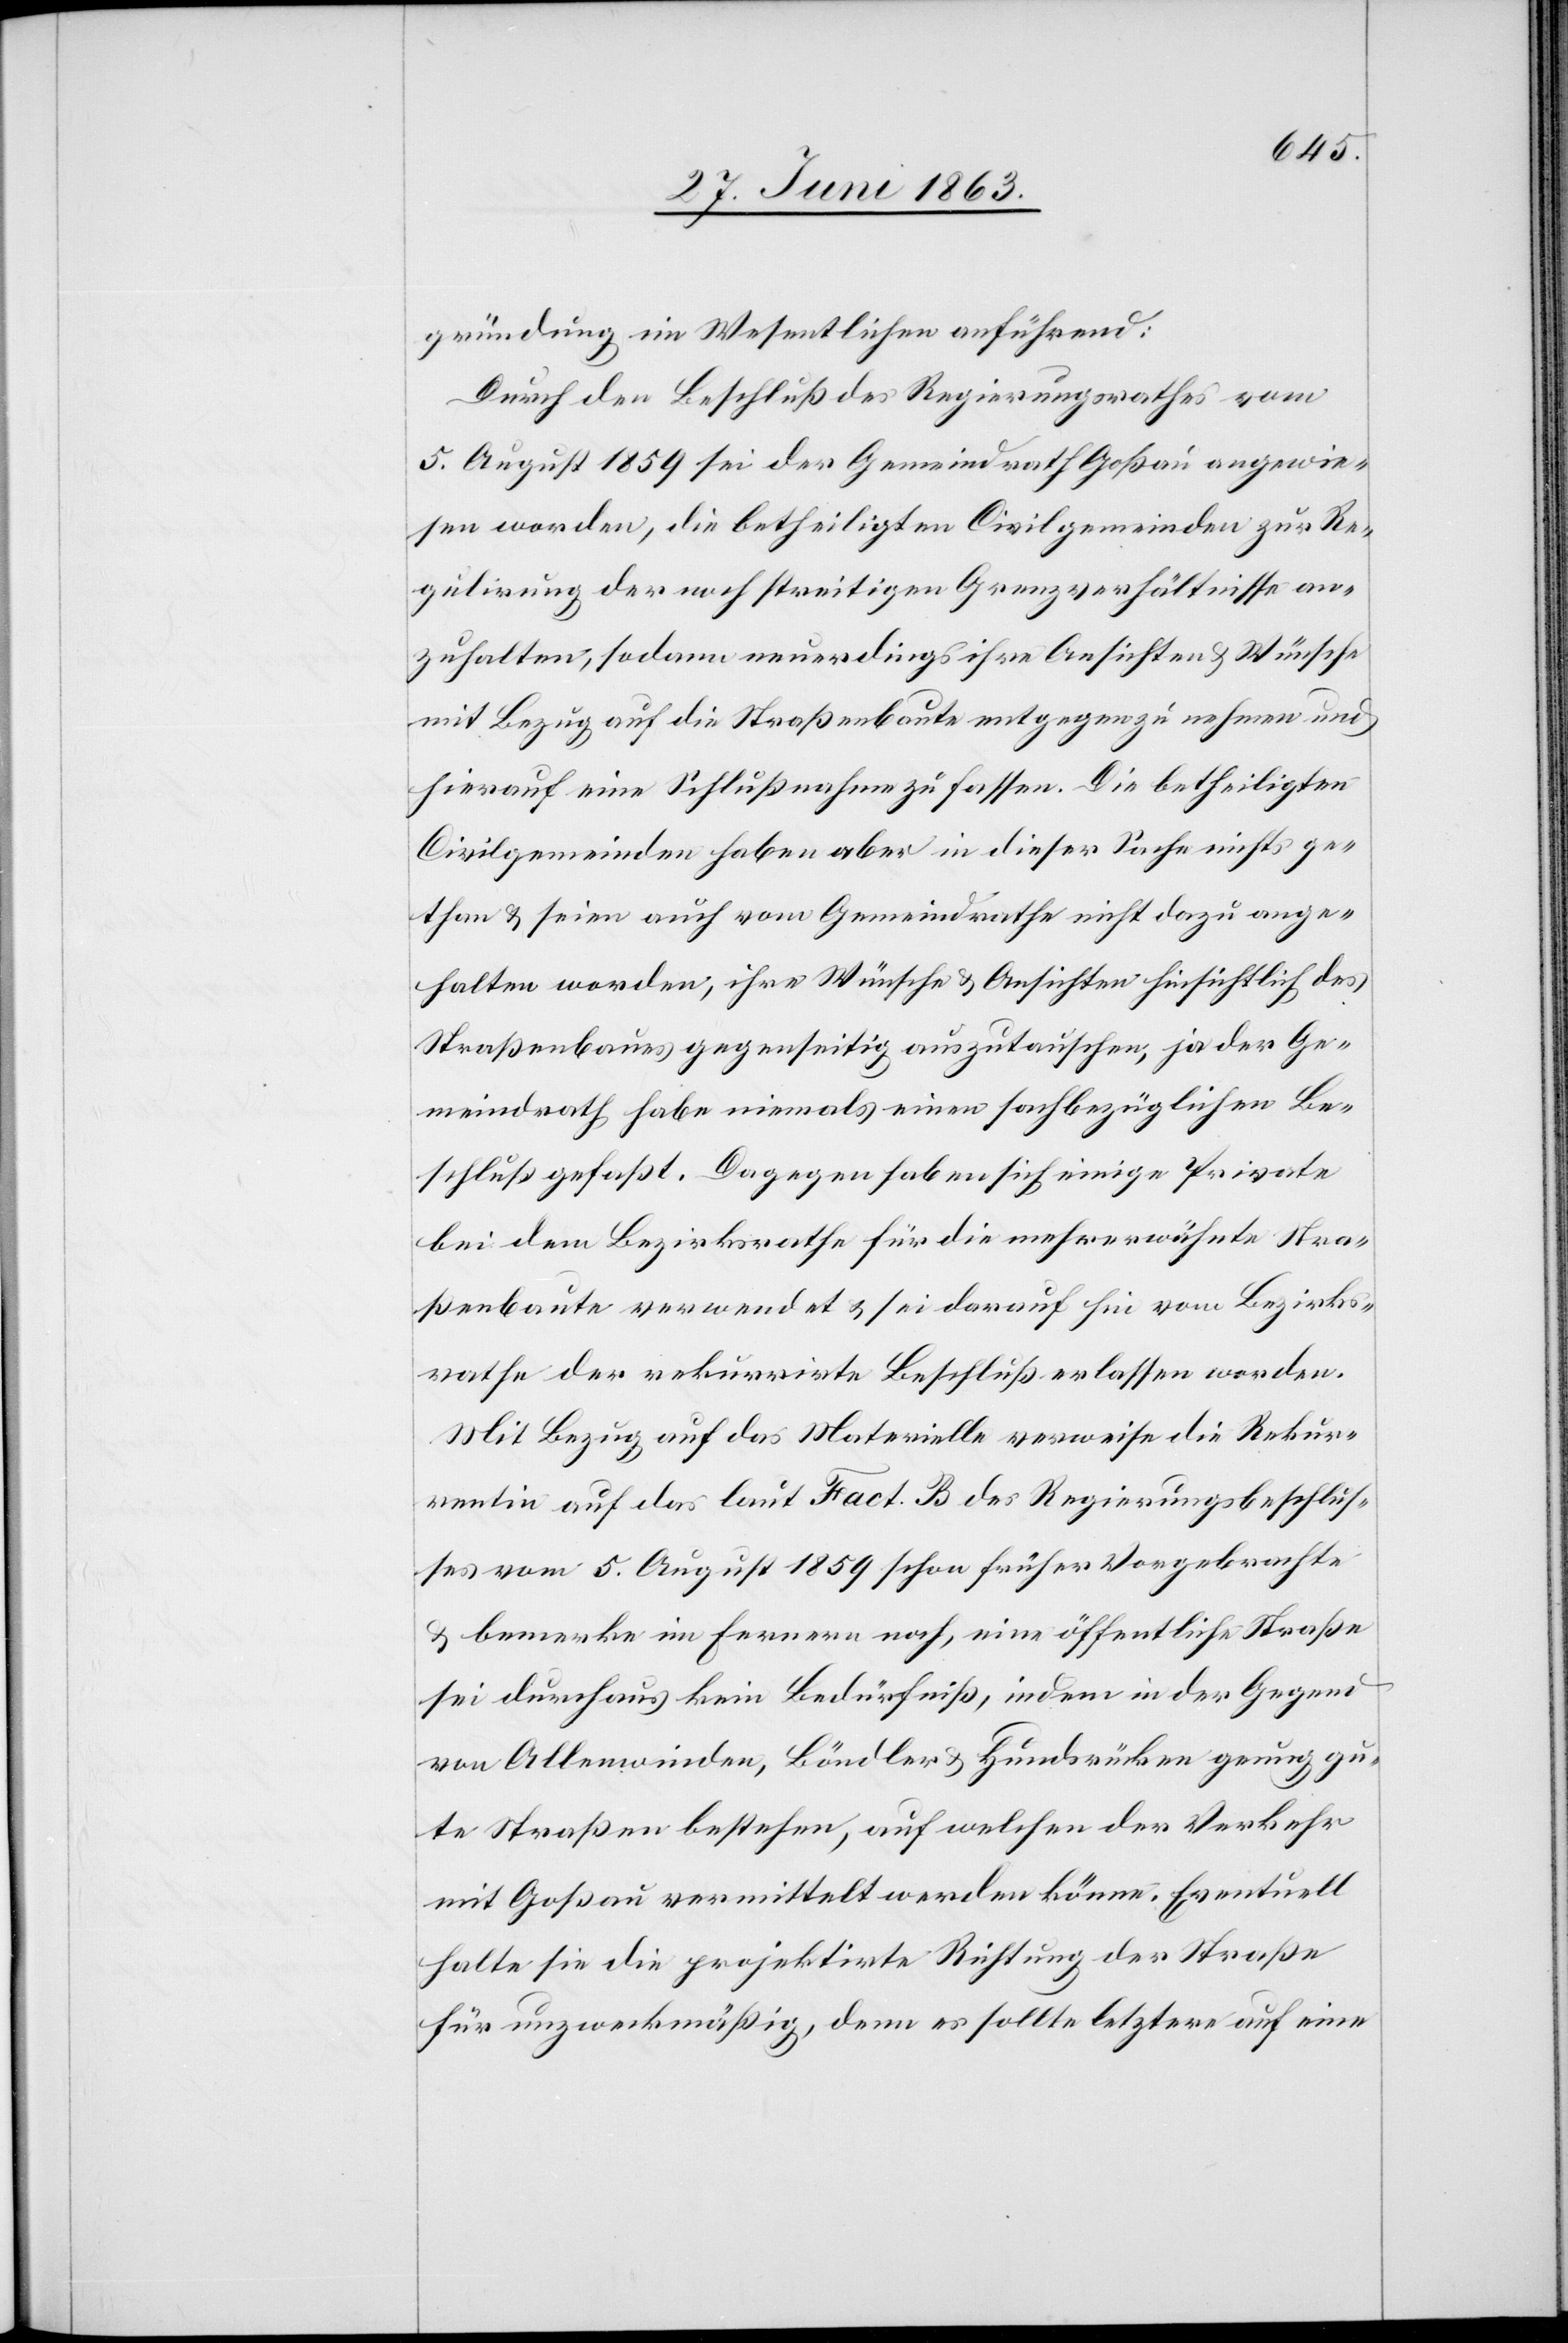
gründung im Wesentlichen anführend:
Durch den Beschluß des Regierungsrathes vom
5. August 1859 sei der Gemeindrath Goßau angewie¬
sen worden, die betheiligten Civilgemeinden zur Re¬
gulirung der noch streitigen Grenzverhältnisse an¬
zuhalten, sodann neuerdings ihre Ansichten & Wünsche
mit Bezug auf die Straßenbaute entgegenzunehmen und
hierauf eine Schlußnahme zu fassen. Die betheiligten
Civilgemeinden haben aber in dieser Sache nichts ge¬
than & seien auch vom Gemeindrathe nicht dazu ange¬
halten worden, ihre Wünsche & Ansichten hinsichtlich des
Straßenbaues gegenseitig auszutauschen, ja der Ge¬
meindrath habe niemals einen sachbezüglichen Be¬
schluß gefaßt. Dagegen haben sich einige Private
bei dem Bezirksrathe für die mehrerwähnte Stra¬
ßenbaute verwendet & sei darauf hin vom Bezirks¬
rathe der rekurrirte Beschluß erlassen worden.
Mit Bezug auf das Materielle verweise die Rekur¬
rentin auf das laut Fact. B des Regierungsbeschlus¬
ses vom 5. August 1859 schon früher Vorgebrachte
& bemerke im Fernern noch, eine öffentliche Straße
sei durchaus kein Bedürfniß, indem in der Gegend
von Allenwinden, Böndler & Hundsrücken genug gu¬
te Straßen bestehen, auf welchen der Verkehr
mit Goßau vermittelt werden könne. Eventuell
halte sie die projektirte Richtung der Straße
für unzweckmäßig, denn es sollte letztere auf eine